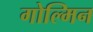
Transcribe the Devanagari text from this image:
गोल्मिन